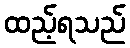
ထည့်ရသည်